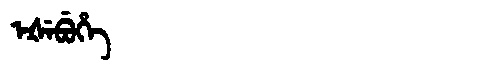
Manchu: ᡝᡧᡝᠪᡠᡥᡝ
Romanization: EŠEBUHE